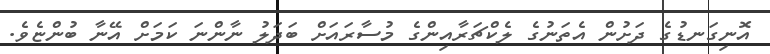
އޮނިގަނޑުގެ ދަށުން އެތަނުގެ ލެކްޗަރާއިންގެ މުސާރައަށް ބަދަލު ނާންނަ ކަމަށް އޭނާ ބުންޏެވެ.